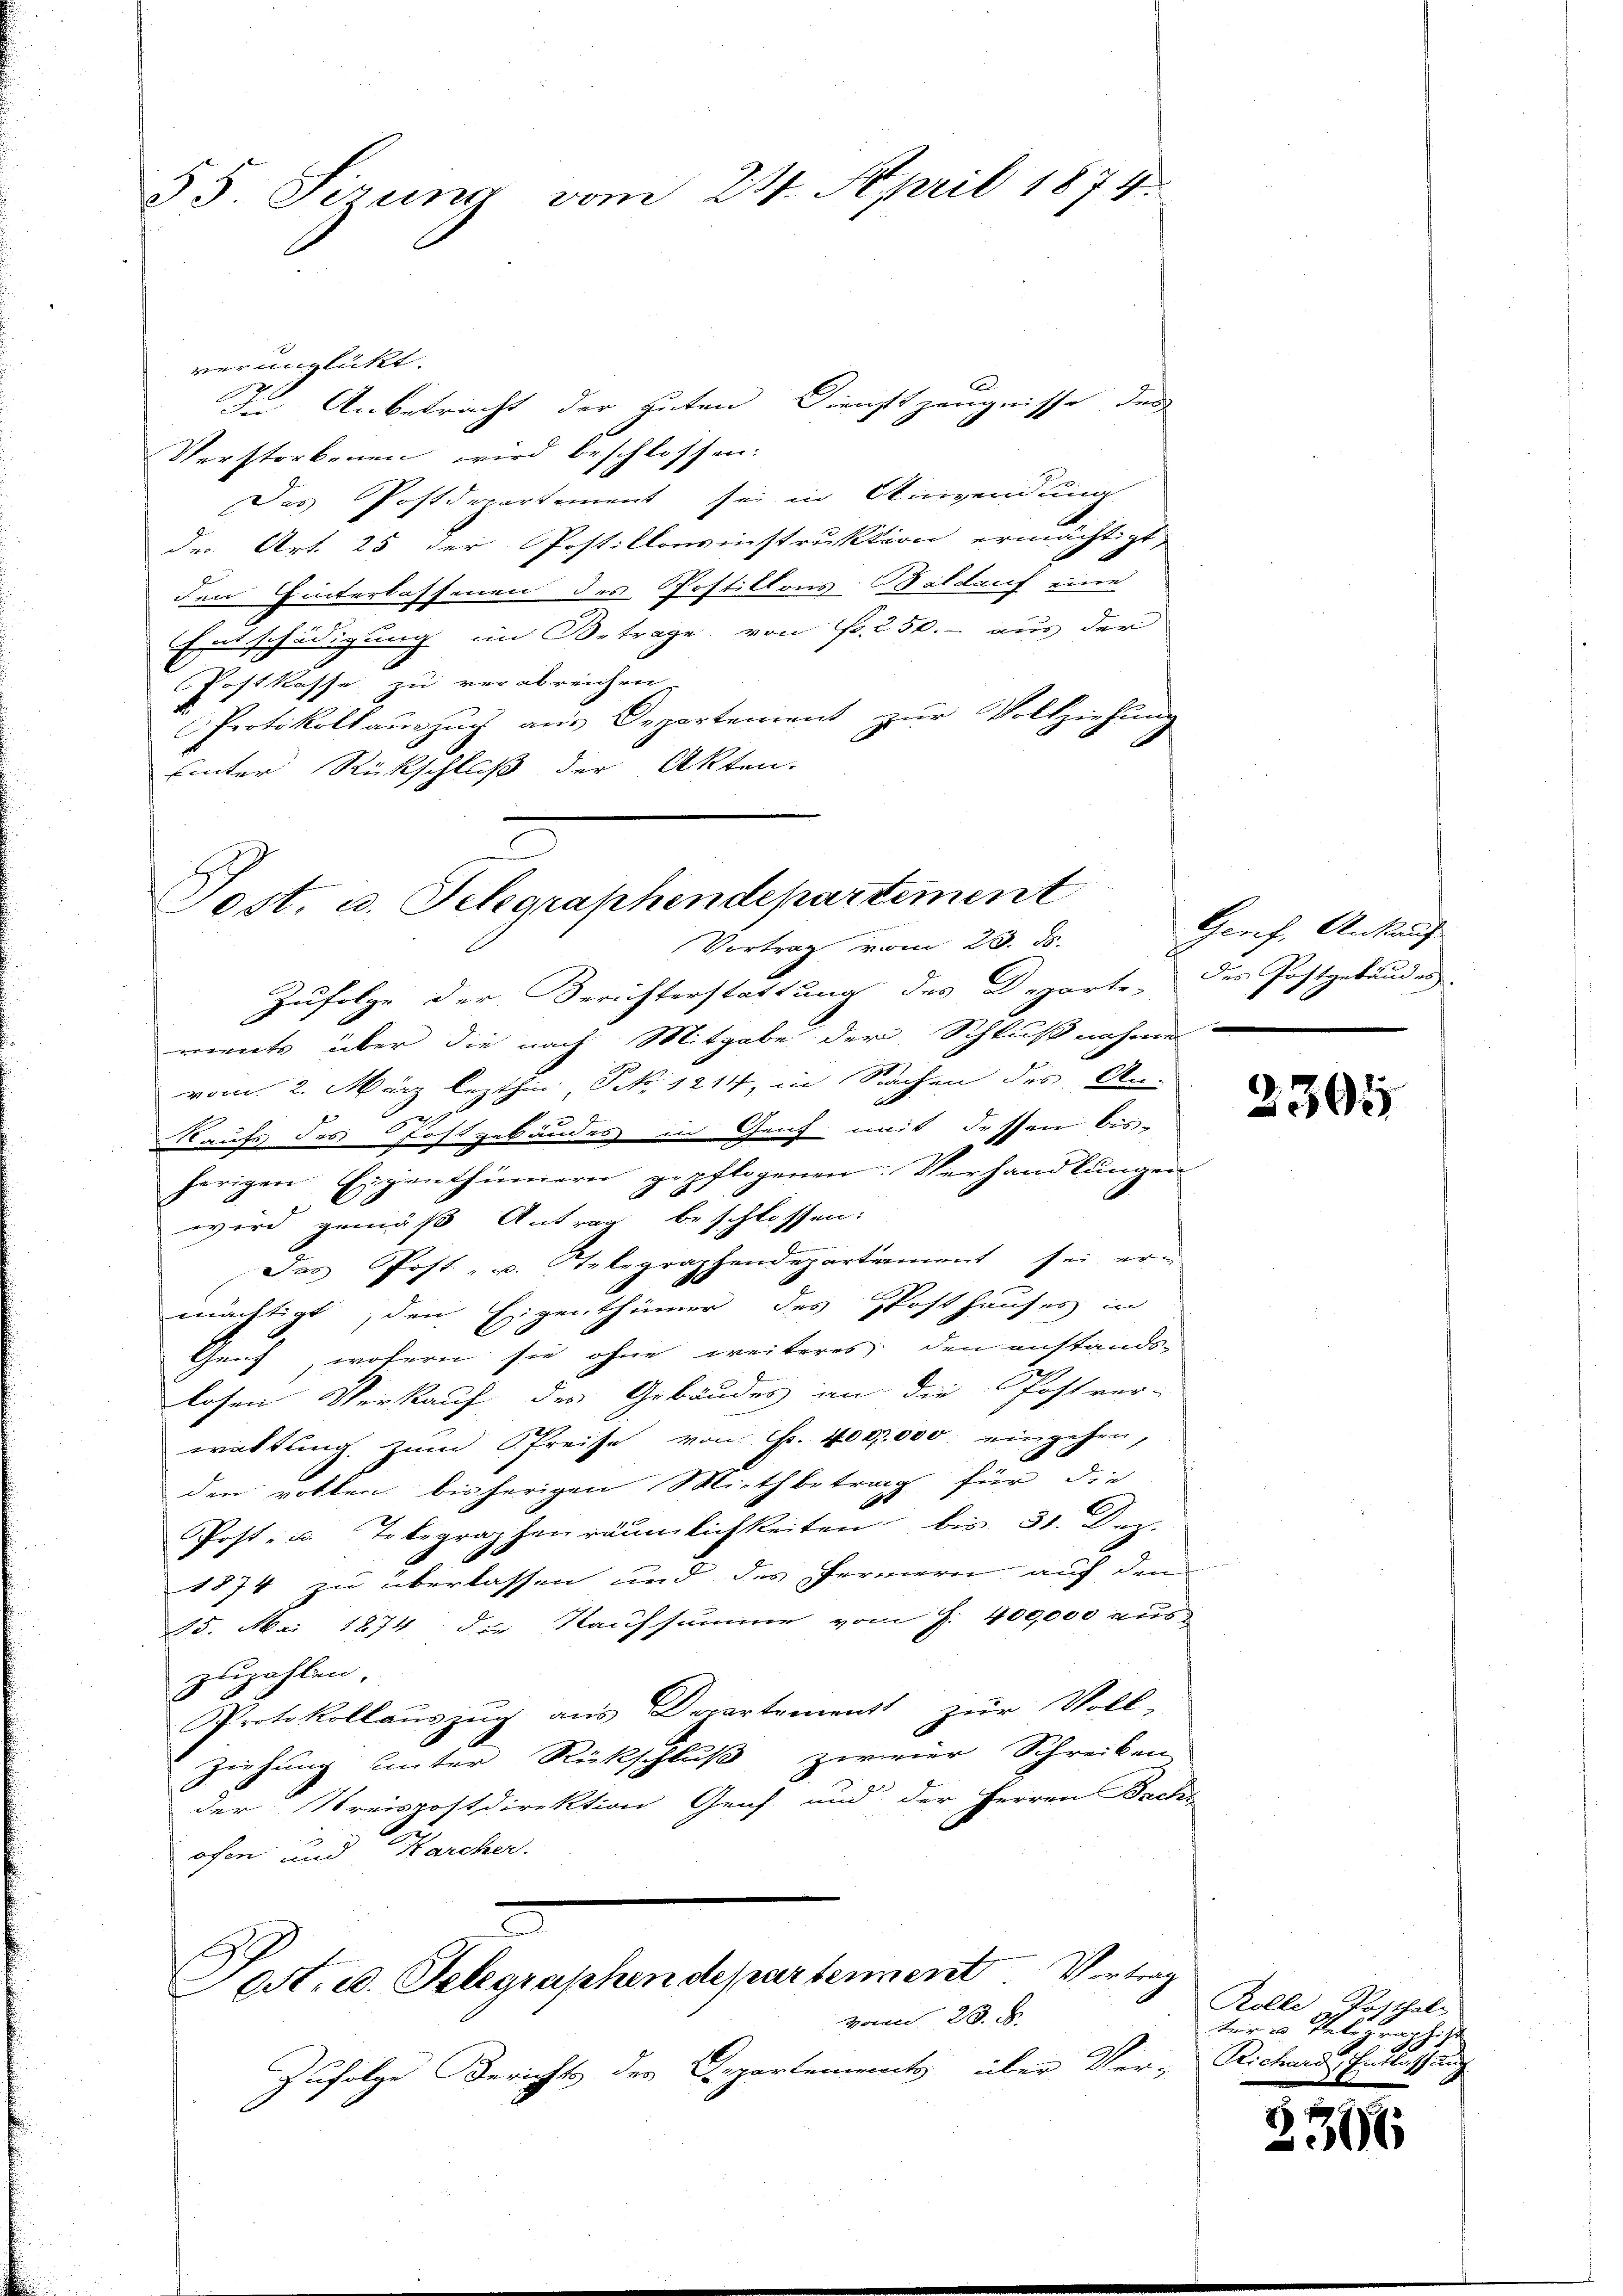
35. Sirung vom 24. April 1874.

C
Sost, u. Selegraphendepartement
Vortrag vom 23. ds.
Zufolge der Berichterstattung des Departe, des Postgebäudes
rents über die nach Mitgabe der Schlußnahme

verunglickt. |
J. Anbetracht der guten Dienstzeugnisse des
Verstorbenen wird beschlossen:
Das Postdepartement sei in Anwendung
der Art. 25 der Postillonsinstruktion ermächtigt,
den Hinterlassenen des Postitions Geldauf eine
Entschädigung im Betrage, von Fr. 250.- aus der
Postkasse zu verabreichen.
2
Protokollaŭszŭg aŭs Departement zŭr Vollziehŭng
Einter Rückschluß der Akten.

vom 2. März lezthin, S. 1214, in Sachen des An-
n
Kaufs des Fohlgebäudes in Genf mit dessen bis-
herigen Eigenthümern gepflogenen Verhandlŭngen
wird gemäß Antrag beschlossen:
Das Post- u. Telegraphendepartement sei er-
mächtigt, den Eigenthümer des Posthauses in
Genf, wofern sie ohne weiteres den anstands-
losen Verkauf der Gebäudes an die Postver-
waltung. Zum Preise von Fr. 400,000 eingehen,
den rotter bisherigen Miethbetrag für die
Post- u. Telegraphenräumlichkeiten bis 31. Dez.
1874 zu überlassen und des Formern auf dem
45. Mai 1874 die Naufsumme vom J. 400,000 aus
zuzahlen.
Protokollaŭszŭg ans Departement zŭr Voll-
Ziehung unter Rückschluß zweier Schreiben
der Streispostdirektion Genf und der Herren Bache
ohne und Karcher.

Post, u. Telegraphen departement Vertrag
von 23. d.

Zufolge Berichts der Departements über Ver- Richende Entlassung

Genf. Ankauf

2391

Rolle
Posthale
ter u Relegraphist

2366